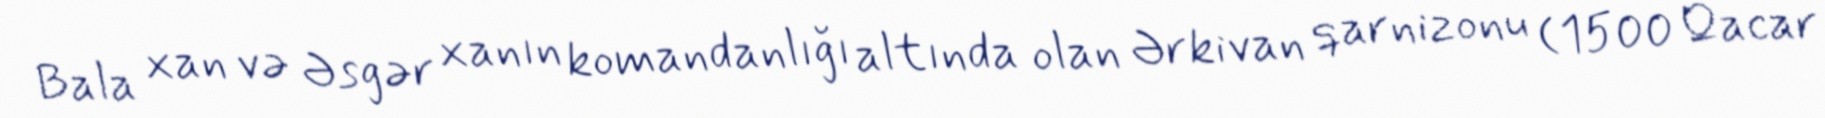
Bala xan və Əsgər xanın komandanlığı altında olan Ərkivan qarnizonu (1500 Qacar